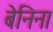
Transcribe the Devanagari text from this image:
बेनिना